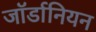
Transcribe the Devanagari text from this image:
जॉर्डानियन